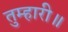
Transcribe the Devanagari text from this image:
तुम्हारी॥